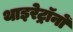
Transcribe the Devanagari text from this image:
थाइरेट्रॉनों